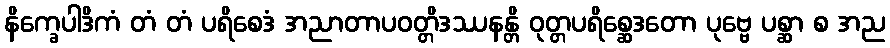
နိက္ခေပါဒိကံ တံ တံ ပရိစေဒံ အညာတာပဝတ္တိဒဿနန္တိ ဝုတ္တပရိစ္ဆေဒတော ပုဗ္ဗေ ပစ္ဆာ စ အည